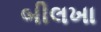
બીલખા